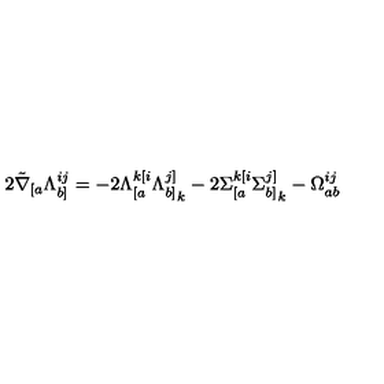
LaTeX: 2 \tilde { \nabla } _ { [ a } \Lambda _ { b ] } ^ { i j } = - 2 \Lambda _ { [ a } ^ { k [ i } { \Lambda _ { b ] } ^ { j ] } } _ { k } - 2 { \Sigma _ { [ a } ^ { k [ i } } { \Sigma _ { b ] } ^ { j ] } } _ { k } - \Omega _ { a b } ^ { i j }